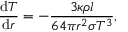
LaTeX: { \frac { { \mathrm { d } } T } { { \mathrm { d } } r } } = - { \frac { 3 \kappa \rho l } { 6 4 \pi r ^ { 2 } \sigma T ^ { 3 } } } ,